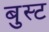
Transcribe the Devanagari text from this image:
बुस्ट